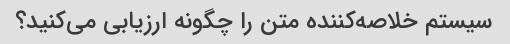
سیستم خلاصه‌کننده متن را چگونه ارزیابی می‌کنید؟